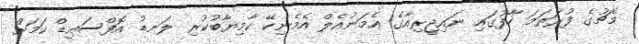
މެޗުގެ ފުރަތަމަ ހާފުގައި ނައިޖީރިއާގެ އެމަނުއެލް އެމެނިކޭ ކާމިޔާބުކުރި ލަނޑު އޮފްސައިޑް ކަމަށް